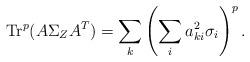
LaTeX: \begin{align*}\textup{Tr}^{p}(A\Sigma_{Z}A^{T})=\sum_{k}\left(\sum_{i}a^{2}_{ki}\sigma_{i}\right)^{p}.\end{align*}